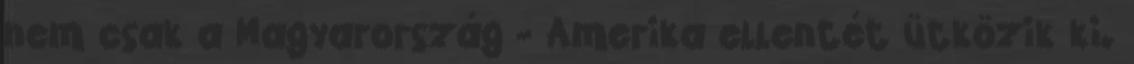
nem csak a Magyarország - Amerika ellentét ütközik ki.